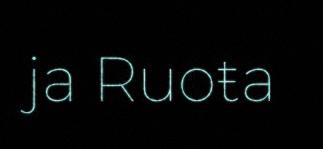
ja Ruoŧa